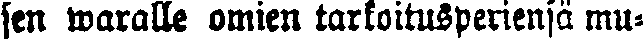
sen waralle omien tarkoitusperiensä mu-